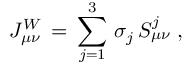
{ \cal J } _ { \mu \nu } ^ { W } \, = \, \sum _ { j = 1 } ^ { 3 } \, \sigma _ { j } \, S _ { \mu \nu } ^ { j } \; ,